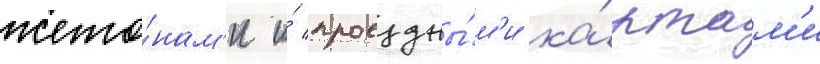
жето́нам'и и́ проездны́м'и ка́ртам'и